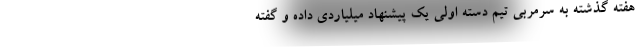
هفته گذشته به سرمربی تیم دسته اولی یک پیشنهاد میلیاردی داده و گفته